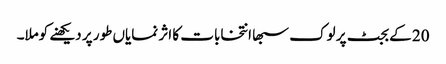
20 کے بجٹ پر لوک سبھا انتخابات کا اثر نمایاں طور پر دیکھنے کوملا۔